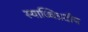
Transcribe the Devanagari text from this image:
स्याच्चित्रदीप